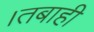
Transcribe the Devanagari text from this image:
।तबाही